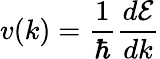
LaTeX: v(k)={\frac{1}{\hbar}}{\frac{d{\mathcal{E}}}{dk}}